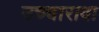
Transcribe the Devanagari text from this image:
उच्चारावा